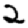
Digit: 2